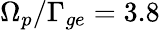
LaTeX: \Omega_{p}/\Gamma_{ge}=3.8